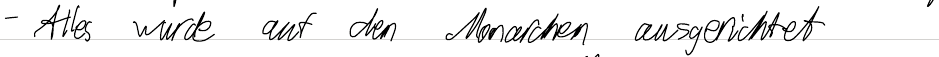
- Alles wurde auf den Monarchen ausgerichtet